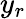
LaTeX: y_{r}